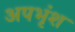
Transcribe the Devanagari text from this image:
अपभृंश